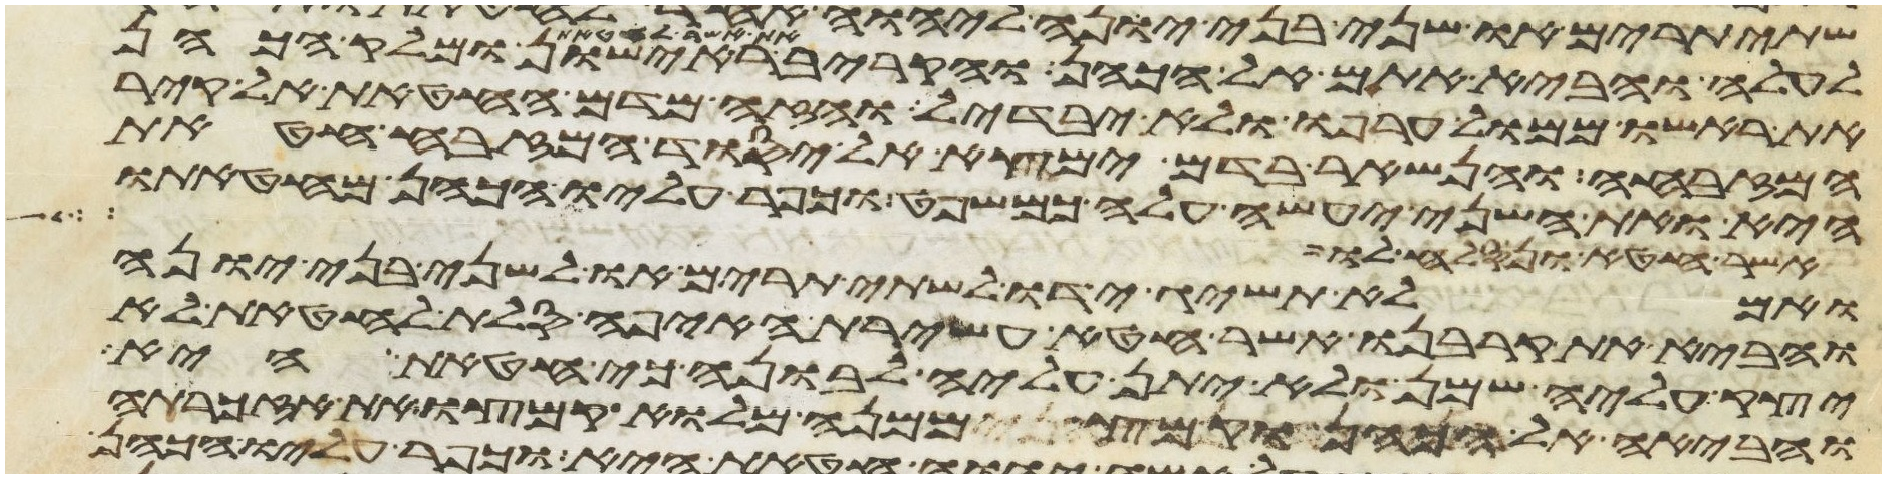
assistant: לעלה והביא אתם אל הכהן והקריב את אשר לחטאת ראישון ומלק הכהן
את ראשו ממול ערפו ולא יבדל והזה מדם החטאת אל קיר
המזבח והנשאר בדם ימצא אל יסוד המזבח חטאת
היא ואת השני יעשה עלה כמשפט וכפר עליו הכהן מחטאתו
אשר חטא ונסלח לו
ואם לא תשיג ידו לשתי תרים או לשני בני יונה
והביא את קרבנו אשר חטא עשירת האיפה סלת לחטאת לא
יצק עליה שמן ולא יתן עליה לבונה כי חטאת היא
והביאה אל הכהן וקמץ ממנה מלוא קמצו את אזכרתה